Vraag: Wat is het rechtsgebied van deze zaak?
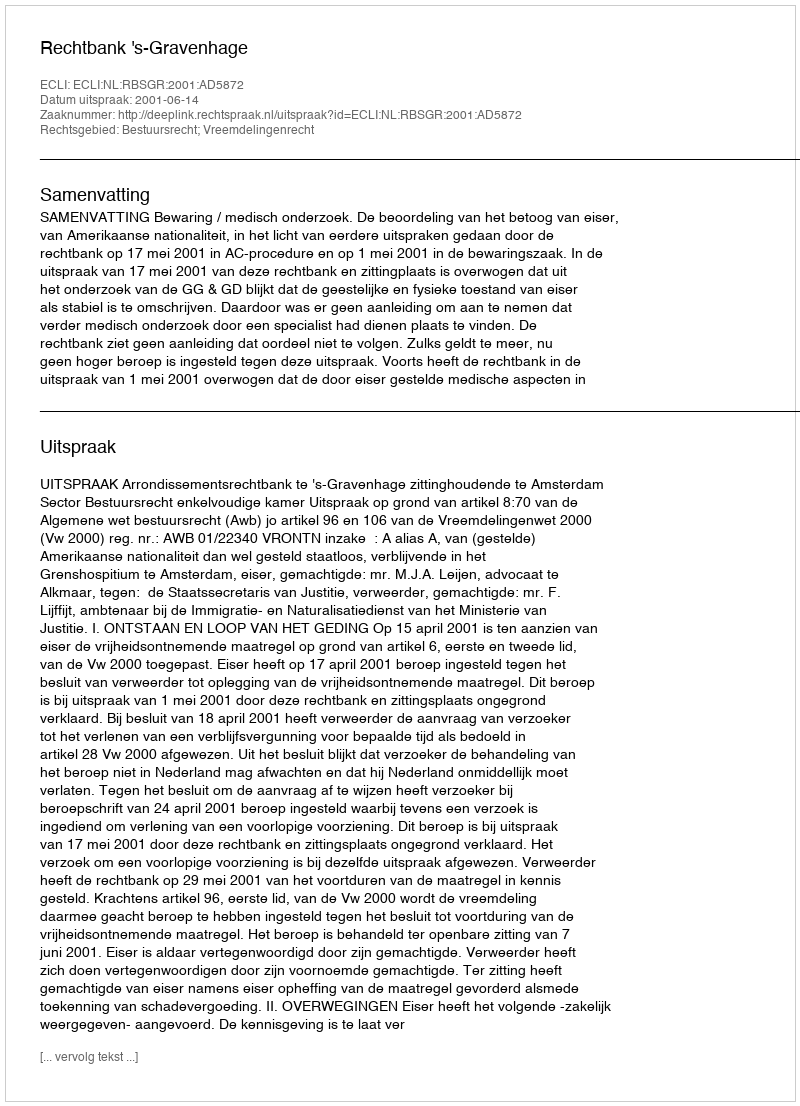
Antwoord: Bestuursrecht; Vreemdelingenrecht